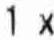
1 X